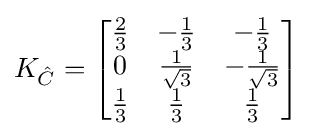
K_{\hat {C}}={\begin{bmatrix}{\frac {2}{3}}&-{\frac {1}{3}}&-{\frac {1}{3}}\\0&{\frac {1}{\sqrt {3}}}&-{\frac {1}{\sqrt {3}}}\\{\frac {1}{3}}&{\frac {1}{3}}&{\frac {1}{3}}\end{bmatrix}}